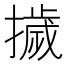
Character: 𭢴